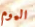
اليوم